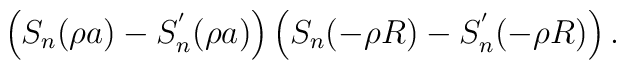
\left( S_n(\rho a)-S^{'}_n(\rho a)\right)\left( S_n(-\rho R)-S^{'}_n(-\rho R)\right) .